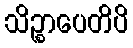
သိဉ္စာပေတိပိ